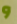
و